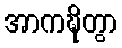
အာကဍ္ဎိတွာ